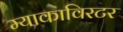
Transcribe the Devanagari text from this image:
म्याकाविरटर